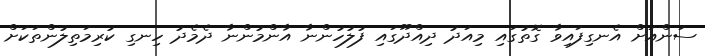
ސަންއަށް އެނގިފައިވާ ގޮތުގައި މިއަދު ދިއްދޫގައި ފުލުހުންނާ އާންމުންނާ ދެމެދު ހިނގި ކުރިމަތިލުންތަކަށް